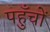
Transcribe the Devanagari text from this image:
पहुँचों